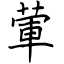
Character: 葷